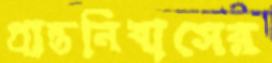
প্রান্তনিবাসের